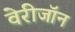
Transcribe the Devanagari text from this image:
वेरीजॉन